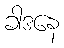
ခါဒနေ